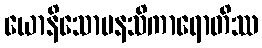
ယောနိသောမနသိကာရောတိဿ